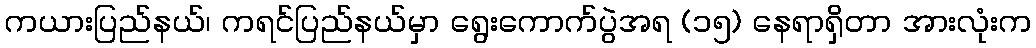
ကယားပြည်နယ်၊ ကရင်ပြည်နယ်မှာ ရွေးကောက်ပွဲအရ (၁၅) နေရာရှိတာ အားလုံးက